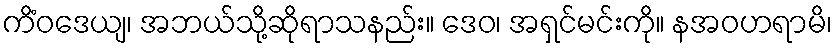
ကိံဝဒေယျ၊ အဘယ်သို့ဆိုရာသနည်း။ ဒေဝ၊ အရှင်မင်းကို။ နအဝဟရာမိ၊